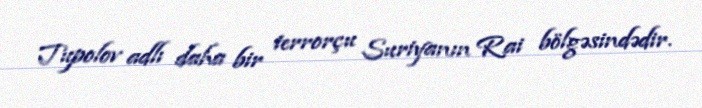
Tupolov adlı daha bir terrorçu Suriyanın Rai bölgəsindədir.